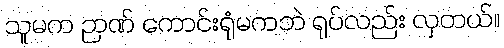
သူမက ဉာဏ် ကောင်းရုံမကဘဲ ရုပ်လည်း လှတယ်။